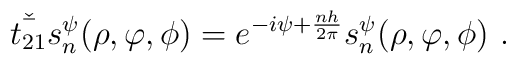
\check{\bar{t_{21}}}s_{n}^{\psi}(\rho,\varphi,\phi)=e^{-i\psi+\frac{nh}{2\pi}}s_{n}^{\psi}(\rho,\varphi,\phi)~.